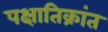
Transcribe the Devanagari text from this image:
पक्षातिक्रांत